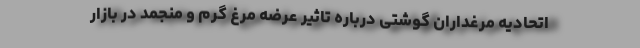
اتحادیه مرغداران گوشتی درباره تاثیر عرضه مرغ گرم و منجمد در بازار